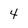
Character: 4